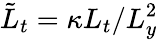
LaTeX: \tilde{L}_{t}=\kappa L_{t}/L_{y}^{2}